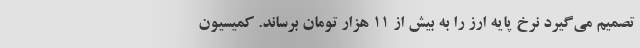
تصمیم می‌گیرد نرخ پایه ارز را به بیش از ۱۱ هزار تومان برساند. کمیسیون